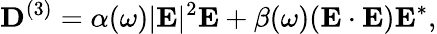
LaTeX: {\mathbf D}^{(3)}=\alpha(\omega)|{\mathbf E}|^{2}{\mathbf E}+\beta(\omega)({\mathbf E}\cdot{\mathbf E}){\mathbf E}^{*},